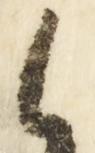
御